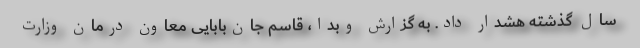
سال گذشته هشدار داد. به گزارش وبدا، قاسم جان‌بابایی معاون درمان وزارت